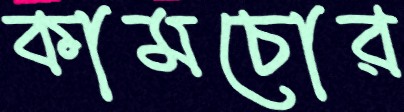
কামচোর